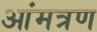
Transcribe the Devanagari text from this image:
आंमत्रण